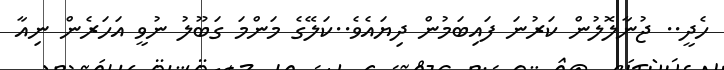
ހެދީ.. ޖުނާލޮލުން ކަރުނަ ފައިބަމުން ދިޔައެވެ..ކަލޭގެ މަންމަ ގަބޫލު ނުވީ އަހަރެން ނިއާ